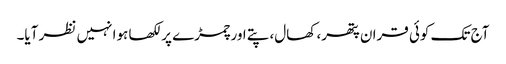
آج تک کوئی قران پتھر، کھال، پتے اور چمڑے پر لکھا ہوا نہیں نظر آیا۔